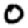
Digit: 0